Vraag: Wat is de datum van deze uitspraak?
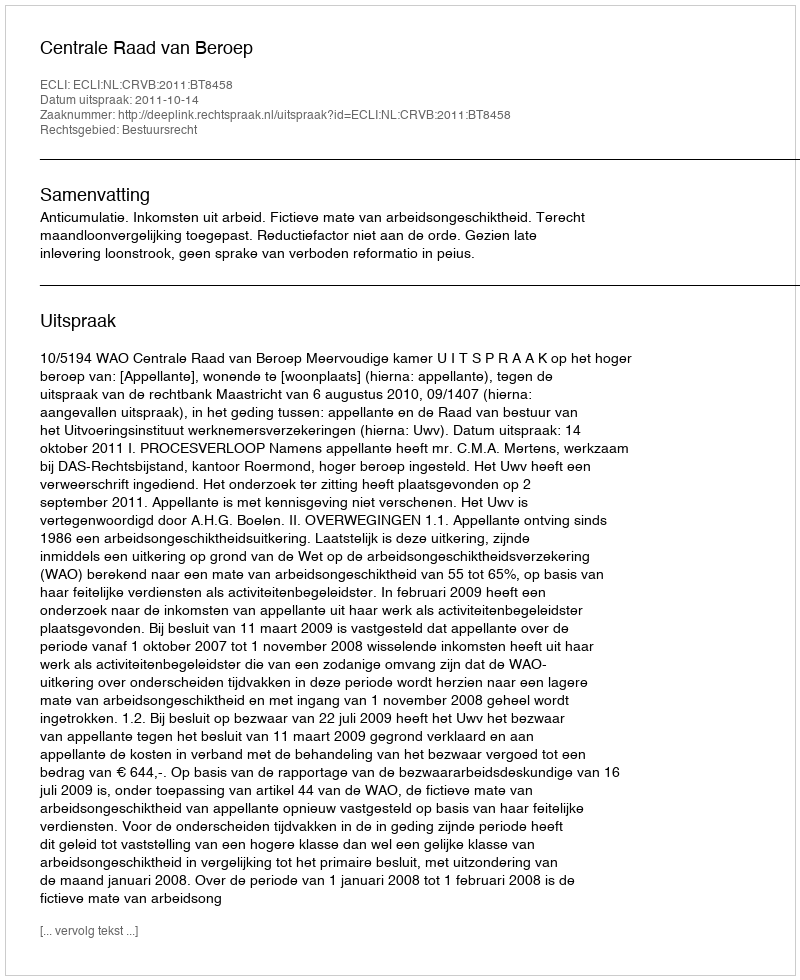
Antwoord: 2011-10-14